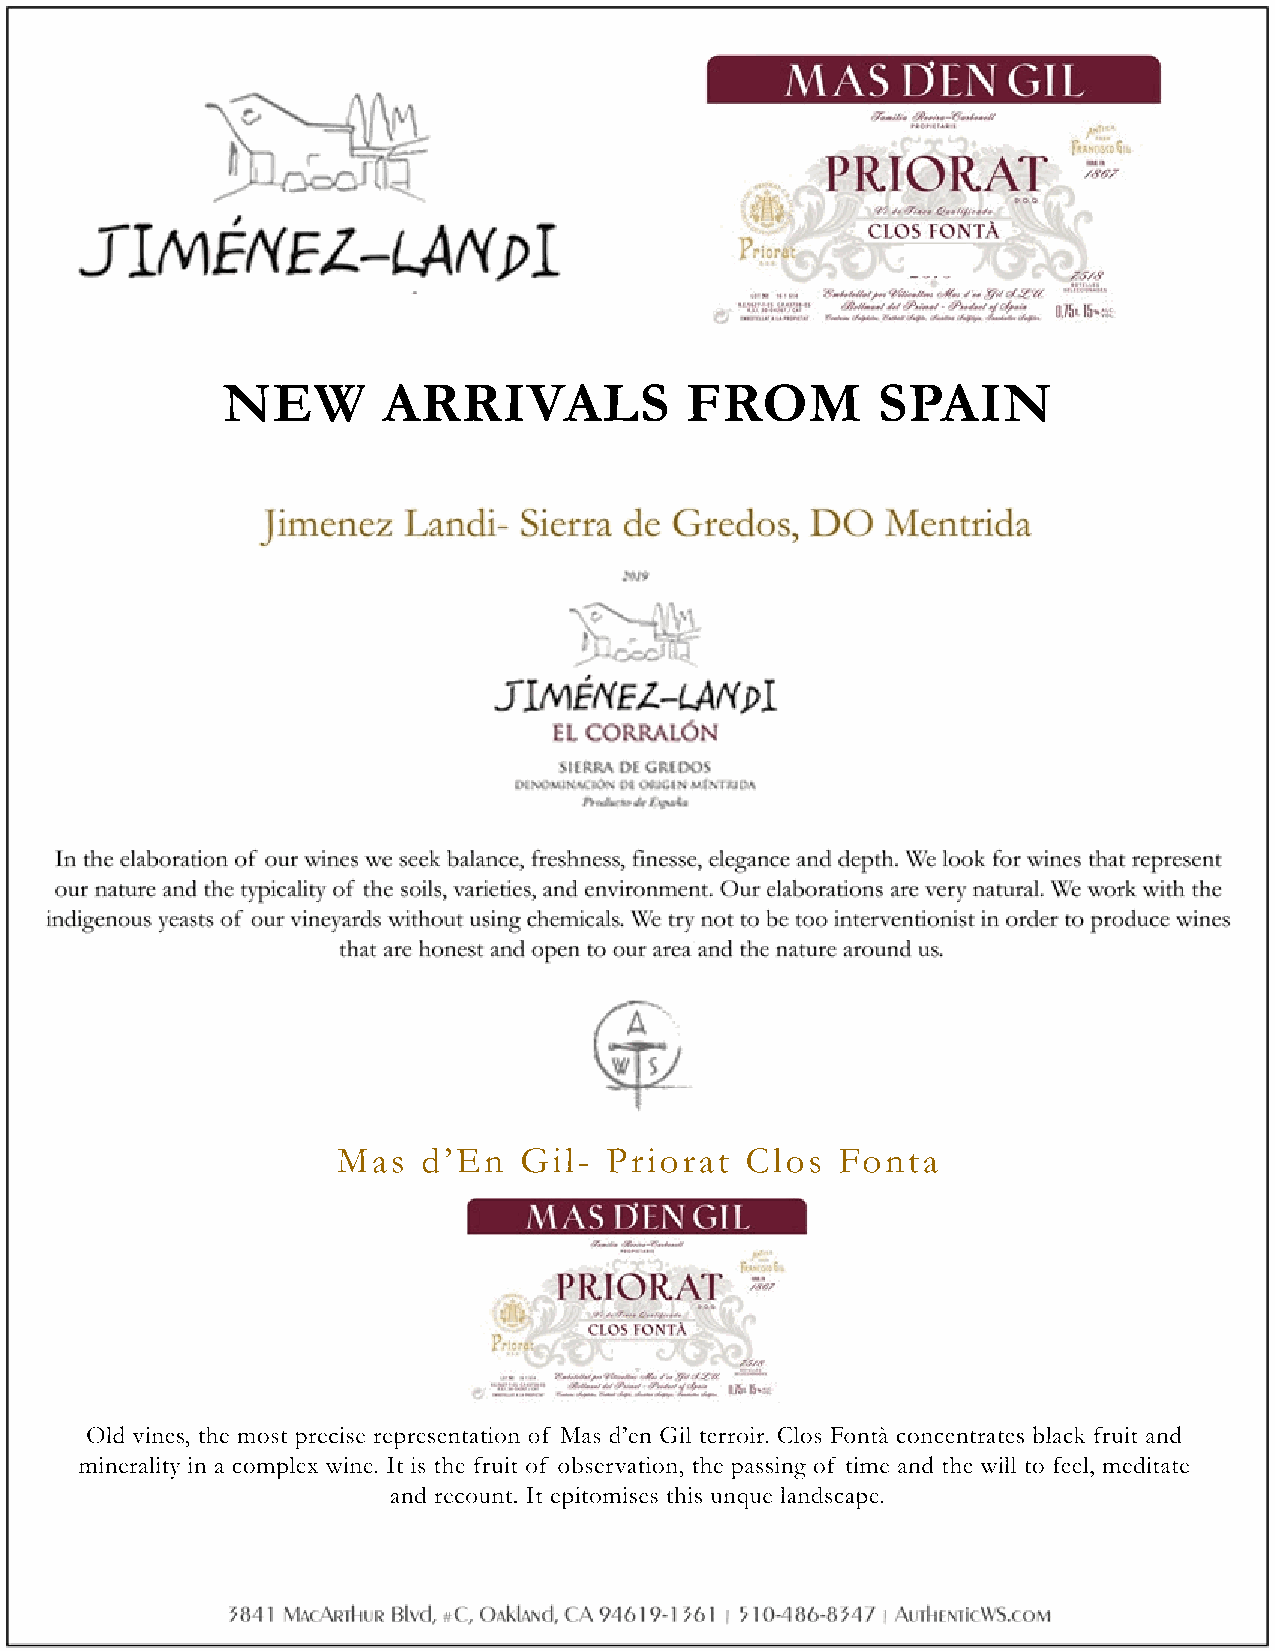
NEW       ARRIVALS            FROM         SPAIN
 Mas   d’En  Gil-  Priorat  Clos   Fonta
 Old vines, the most precise representation of Mas d’en Gil terroir. Clos Fontà concentrates black fruit and
 minerality in a complex wine. It is the fruit of observation, the passing of time and the will to feel, meditate
 and recount. It epitomises this unque landscape.